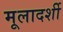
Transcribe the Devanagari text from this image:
मूलादर्शी